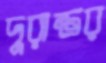
দুরান্তর